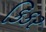
કિકર